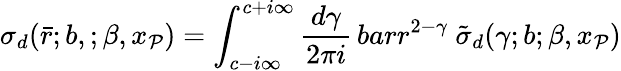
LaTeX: \sigma_{d}(\bar{r};b,;\beta,x_{\cal P})=\int_{c-i\infty}^{c+i\infty}\frac{d\gamma}{2\pi i}\, bar{r}^{2-\gamma}\ \tilde{\sigma}_{d}(\gamma;b;\beta,x_{\cal P})